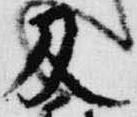
及